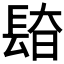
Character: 𰿎